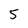
Character: 5